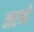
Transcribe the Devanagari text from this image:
नरन्दे